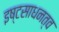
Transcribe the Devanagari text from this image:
इष्टसाधनत्व